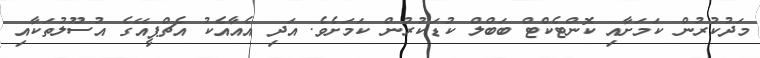
މަދުކުރުން ކަމަށާއި ކޮންޓެކްޓް ބަބްލް ކުޑަކުރުން ކަމަށެވެ. އަދި އެއާއެކު އެޗްޕީއޭގެ އުސޫލުތަކާއި